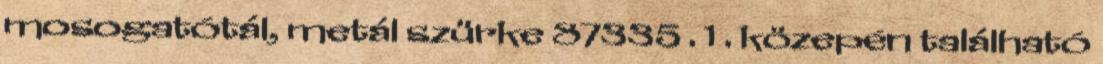
mosogatótál, metál szürke 87335 . 1 . közepén található